Annual report on vaccination in Mysore, 1879-1880 - 1879-1880
Year: 1879
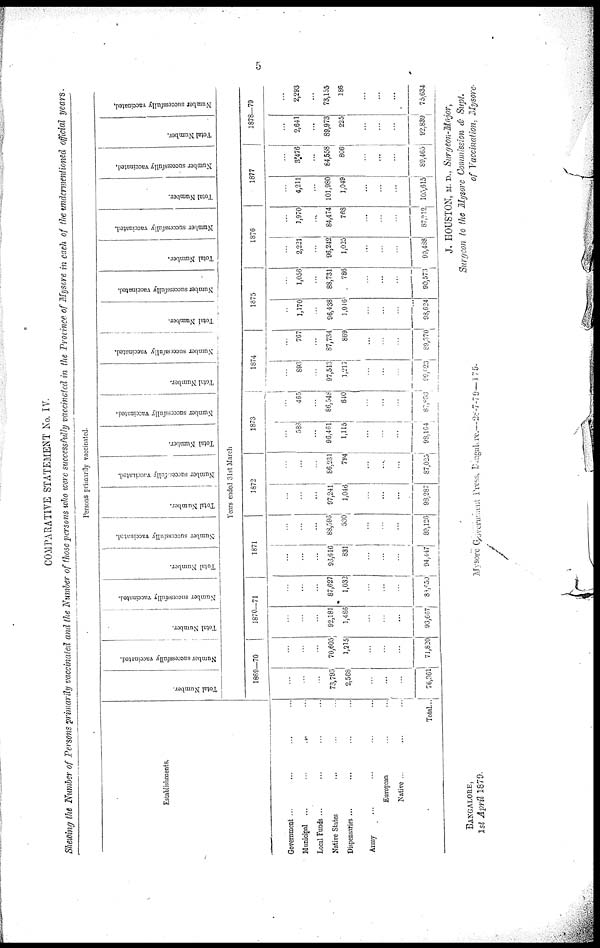
5
COMPARATIVE STATEMENT No. IV.
Shewing the Number of Persons primarily vaccinated and the Number of those persons who were successfully vaccinated in the Province of Mysore in each of the undermentioned official years.
Persons primarily vaccinated.
Establishments.
Government ... ... ... ...
Municipal ...
...
...
...
Local Funds ... ... ... ...
Native States ... ... ...
Dispensaries ... ... ... ...
Army ... ... ... ...
European ... ...
Native ... ... ...
Total...
Total Number.
Number successfully vaccinated.
Total Number.
Number successfully vaccinated.
Total Number.
Number successfully vaccinated.
Total Number.
Number successfully vaccinated.
Total Number.
Number successfully vaccinated.
Total Number.
Number successfully vaccinated.
Total Number.
Number successfully vaccinated.
Total Number.
Number successfully vaccinated.
Total Number.
Number successfully vaccinated.
Total Number.
Number successfully vaccinated.
Years ended 31st March
1869—70
...
...
...
73,793
2,568
...
...
...
76,361
...
...
...
70,605
1,215
...
...
...
71,820
1870—71
...
...
...
92,181
1,486
...
...
...
93,667
...
...
...
87,627
1,032
...
...
...
88,659
1871
...
...
...
96,616
831
...
...
...
94,447
...
...
...
88,596
530
...
...
...
89,126
1872
...
...
...
97,241
1,046
...
...
...
98,287
...
...
...
86,231
794
...
...
...
87,025
1873
...
588
...
96,461
1,115
...
...
...
98,164
...
465
...
86,548
840
...
...
...
87,853
1874
...
893
...
97,513
1,217
...
...
...
99,023
...
767
...
87,734
869
...
...
...
89,370
1875
...
1,170
...
96,438
1,016
...
...
...
98,624
...
1,056
...
88,731
786
...
...
...
90,573
1876
...
2,221
...
96,242
1,025
...
...
...
99,488
...
1,970
...
84,474
768
...
...
...
87,212
1877
...
4,211
...
101,980
1,049
...
...
...
105,615
...
3,476
...
84,558
806
...
...
...
89,465
1878—79
...
2,641
...
89,973
225
...
...
...
92,839
...
2,293
...
73,155
186
...
...
...
75,634
J. HOUSTON, M. D., Surgeon-Major,
Surgeon to the Mysore Commission & Supt.
of Vaccination, Mysore.
BANGALORE,
1st April 1879.
Mysore Government Press, Bangalore.—28-7-79—175.